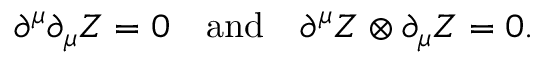
\partial ^ { \mu } \partial _ { \mu } Z = 0 \quad \mathrm { a n d } \quad \partial ^ { \mu } Z \otimes \partial _ { \mu } Z = 0 .